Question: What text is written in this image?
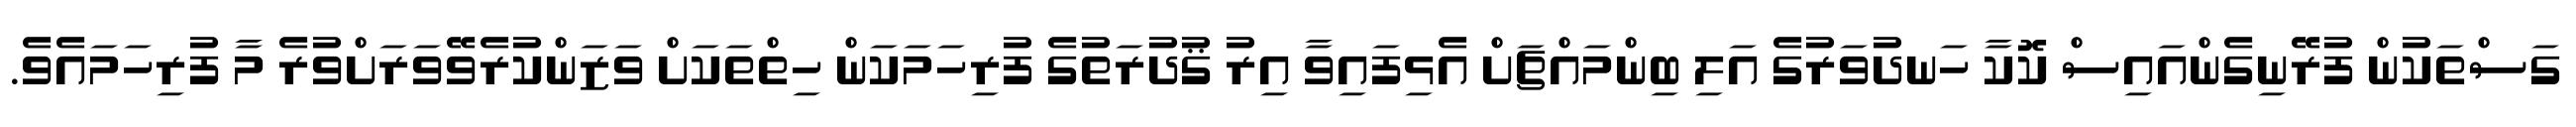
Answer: ގަސްތަކުން ފުރޭނިގެންއައިސް ކޮކާ ހަނދުވަރުގެ އަލި ބިންމައްޗަށް އެޅިފައިވާ އިރު ޤުދުރަތުގެ ފުރިހަމަކަން ހިތްތަކަށް ވަޒަންކުރެވޭވަރަށްވުރެ މާ ފުރިހަމައެވެ.